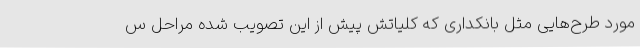
مورد طرح‌هایی مثل بانکداری که کلیاتش پیش از این تصویب شده مراحل س